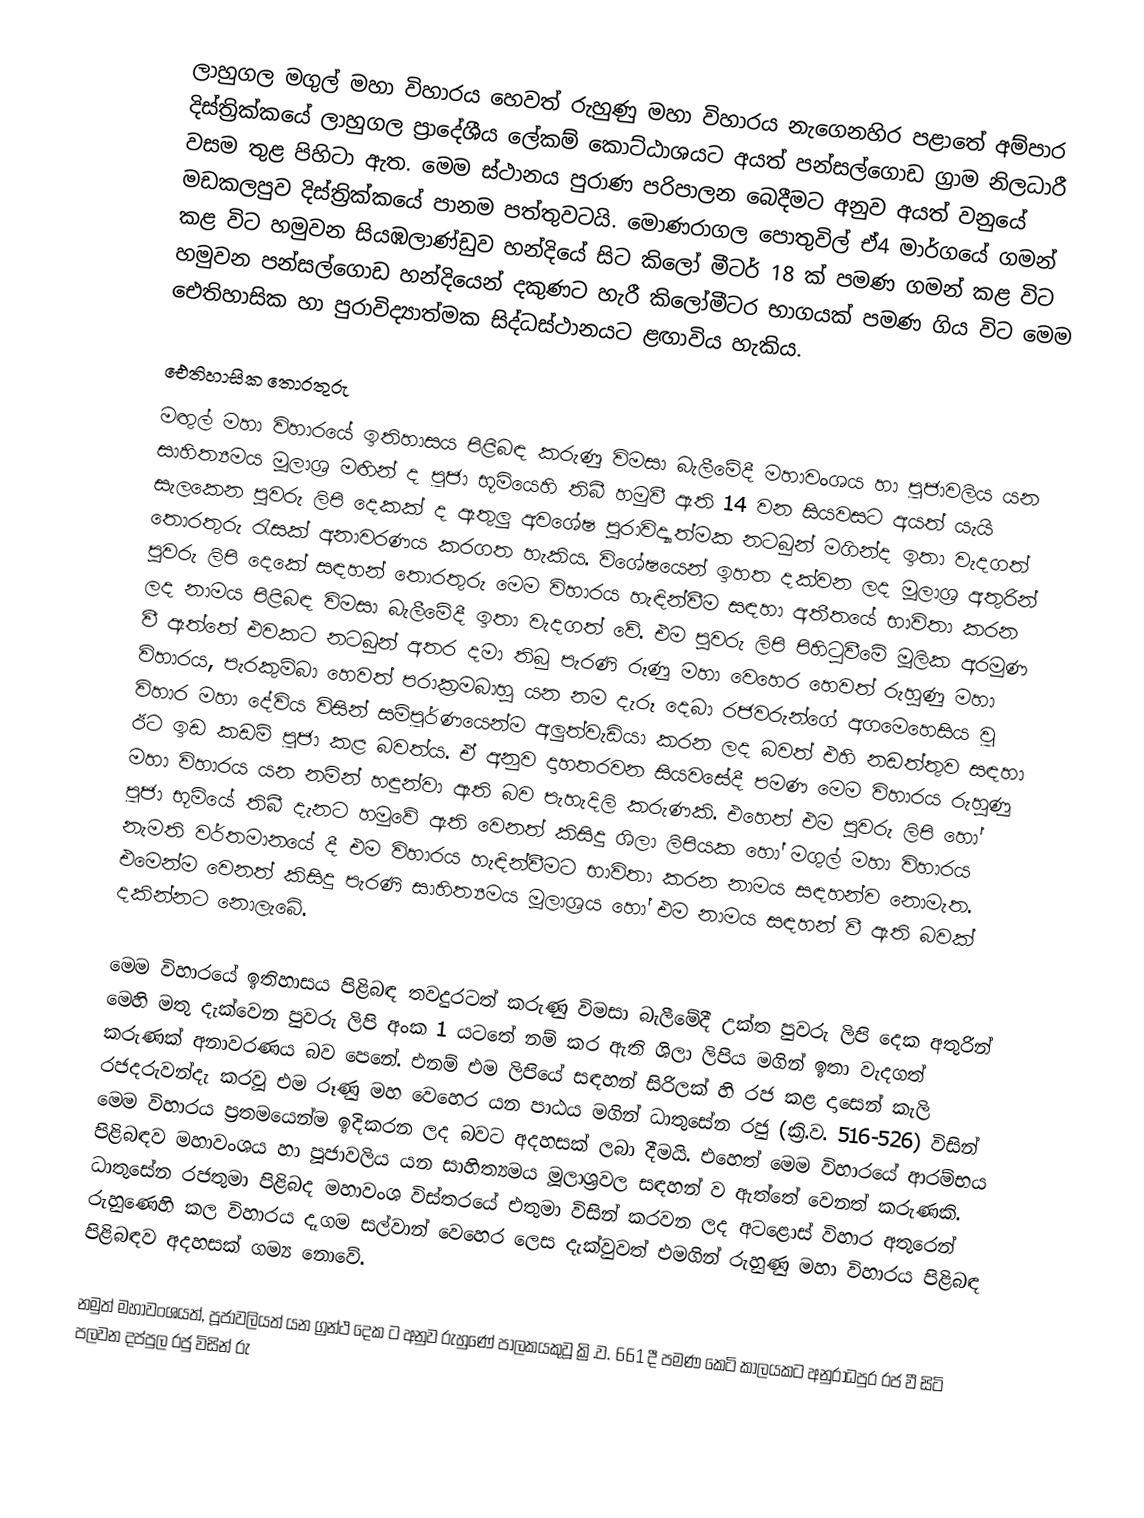
ලාහුගල මගුල් මහා විහාරය හෙවත් රුහුණු මහා විහාරය නැගෙනහිර පළාතේ අම්පාර දිස්ත්‍රික්කයේ ලාහුගල ප්‍රාදේශීය ලේකම් කොට්ඨාශයට අයත් පන්සල්ගොඩ ග්‍රාම නිලධාරී වසම තුළ පිහිටා ඇත. මෙම ස්ථානය පුරාණ පරිපාලන බෙදීමට අනුව අයත් වනුයේ මඩකලපුව දිස්ත්‍රික්කයේ පානම පත්තුවටයි. මොණරාගල පොතුවිල් ඒ4 මාර්ගයේ ගමන් කළ විට හමුවන සියඹලාණ්ඩුව හන්දියේ සිට කිලෝ මීටර් 18 ක් පමණ ගමන් කළ විට හමුවන පන්සල්ගොඩ හන්දියෙන් දකුණට හැරී කිලෝමීටර භාගයක් පමණ ගිය විට මෙම ඓතිහාසික හා පුරාවිද්‍යාත්මක සිද්ධස්ථානයට ළඟාවිය හැකිය.

ඓතිහාසික තොරතුරු
මඟුල් මහා විහාරයේ ඉතිහාසය පිළිබඳ කරුණු විමසා බැලීමේදී මහාවංශය හා පූජාවලිය යන සාහිත්‍යමය මූලාශ්‍ර මඟින් ද පූජා භූමියෙහි තිබී හමුවී ඇති 14 වන සියවසට අයත් යැයි සැලකෙන පුවරු ලිපි දෙකක් ද ඇතුලු අවශේෂ පුරාවිද්‍යාත්මක නටබුන් මගින්ද ඉතා වැදගත් තොරතුරු රැසක් අනාවරණය කරගත හැකිය. විශේෂයෙන් ඉහත දක්වන ලද මූලාශ්‍ර අතුරින් පුවරු ලිපි දෙකේ සඳහන් තොරතුරු මෙම විහාරය හැඳින්වීම සඳහා අතීතයේ භාවිතා කරන ලද නාමය පිළිබඳ විමසා බැලීමේදී ඉතා වැදගත් වේ. එම පුවරු ලිපි පිහිටුවීමේ මූලික අරමුණ වී ඇත්තේ එවකට නටබුන් අතර දමා තිබු පැරණි රූණු මහා වෙහෙර හෙවත් රුහුණු මහා විහාරය, පැරකුම්බා හෙවත් පරාක්‍රමබාහු යන නම දැරූ දෙබා රජවරුන්ගේ අගමෙහෙසිය වූ විහාර මහා දේවිය විසින් සම්පූර්ණයෙන්ම අලුත්වැඩියා කරන ලද බවත් එහි නඩත්තුව සඳහා ඊට ඉඩ කඩම් පූජා කළ බවත්ය. ඒ අනුව දාහතරවන සියවසේදී පමණ මෙම විහාරය රුහුණු මහා විහාරය යන නමින් හඳුන්වා ඇති බව පැහැදිලි කරුණකි. එහෙත් එම පුවරු ලිපි හෝ පූජා භූමියේ තිබී දැනට හමුවේ ඇති වෙනත් කිසිදු ශිලා ලිපියක හෝ මගුල් මහා විහාරය නැමති වර්තමානයේ දී එම විහාරය හැඳින්වීමට භාවිතා කරන නාමය සඳහන්ව නොමැත. එමෙන්ම වෙනත් කිසිදු පැරණි සාහිත්‍යමය මූලාශ්‍රය හෝ එම නාමය සඳහන් වී ඇති බවක් දකින්නට නොලැබේ.

මෙම විහාරයේ ඉතිහාසය පිළිබඳ තවදුරටත් කරුණු විමසා බැලීමේදී උක්ත පුවරු ලිපි දෙක අතුරින් මෙහි මතු දැක්වෙන පුවරු ලිපි අංක 1 යටතේ නම් කර ඇති ශිලා ලිපිය මගින් ඉතා වැදගත් කරුණක් අනාවරණය බව පෙනේ. එනම් එම ලිපියේ සඳහන් සිරිලක් හි රජ කළ දාසෙන් කැලි රජදරුවන්දැ කරවූ එම රූණු මහ වෙහෙර යන පාඨය මගින් ධාතුසේන රජු (ක්‍රි.ව. 516-526) විසින් මෙම විහාරය ප්‍රතමයෙන්ම ඉදිකරන ලද බවට අදහසක් ලබා දීමයි. එහෙත් මෙම විහාරයේ ආරම්භය පිළිබඳව මහාවංශය හා පූජාවලිය යන සාහිත්‍යමය මූලාශ්‍රවල සඳහන් ව ඇත්තේ වෙනත් කරුණකි. ධාතුසේන රජතුමා පිළිබද මහාවංශ විස්තරයේ එතුමා විසින් කරවන ලද අටළොස් විහාර අතුරෙන් රුහුණෙහි කල විහාරය දෑගම සල්වාන් වෙහෙර ලෙස දැක්වුවත් එමගින් රුහුණු මහා විහාරය පිළිබඳ පිළිබඳව අදහසක් ගම්‍ය නොවේ.

නමුත් මහාවංශයත්, පූජාවලියත් යන ග්‍රන්ථ දෙක ට අනුව රුහුණේ පාලකයකුවූ ක්‍රි.ව. 661 දී පමණ කෙටි කාලයකට අනුරාධපුර රජ වී සිටි පලවන දප්පුල රජු විසින් රු